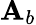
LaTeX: \mathbf{A}_{b}